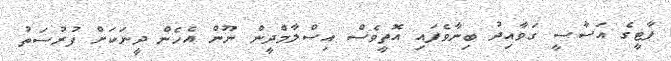
ޕާޓީގެ އަސާސީ ގަވާއިދު ބިނާވެފައި އޮތީވެސް އިސްލާމްދީން ނޫން އެހެން ދީނަކަށް ފުރުސަތު